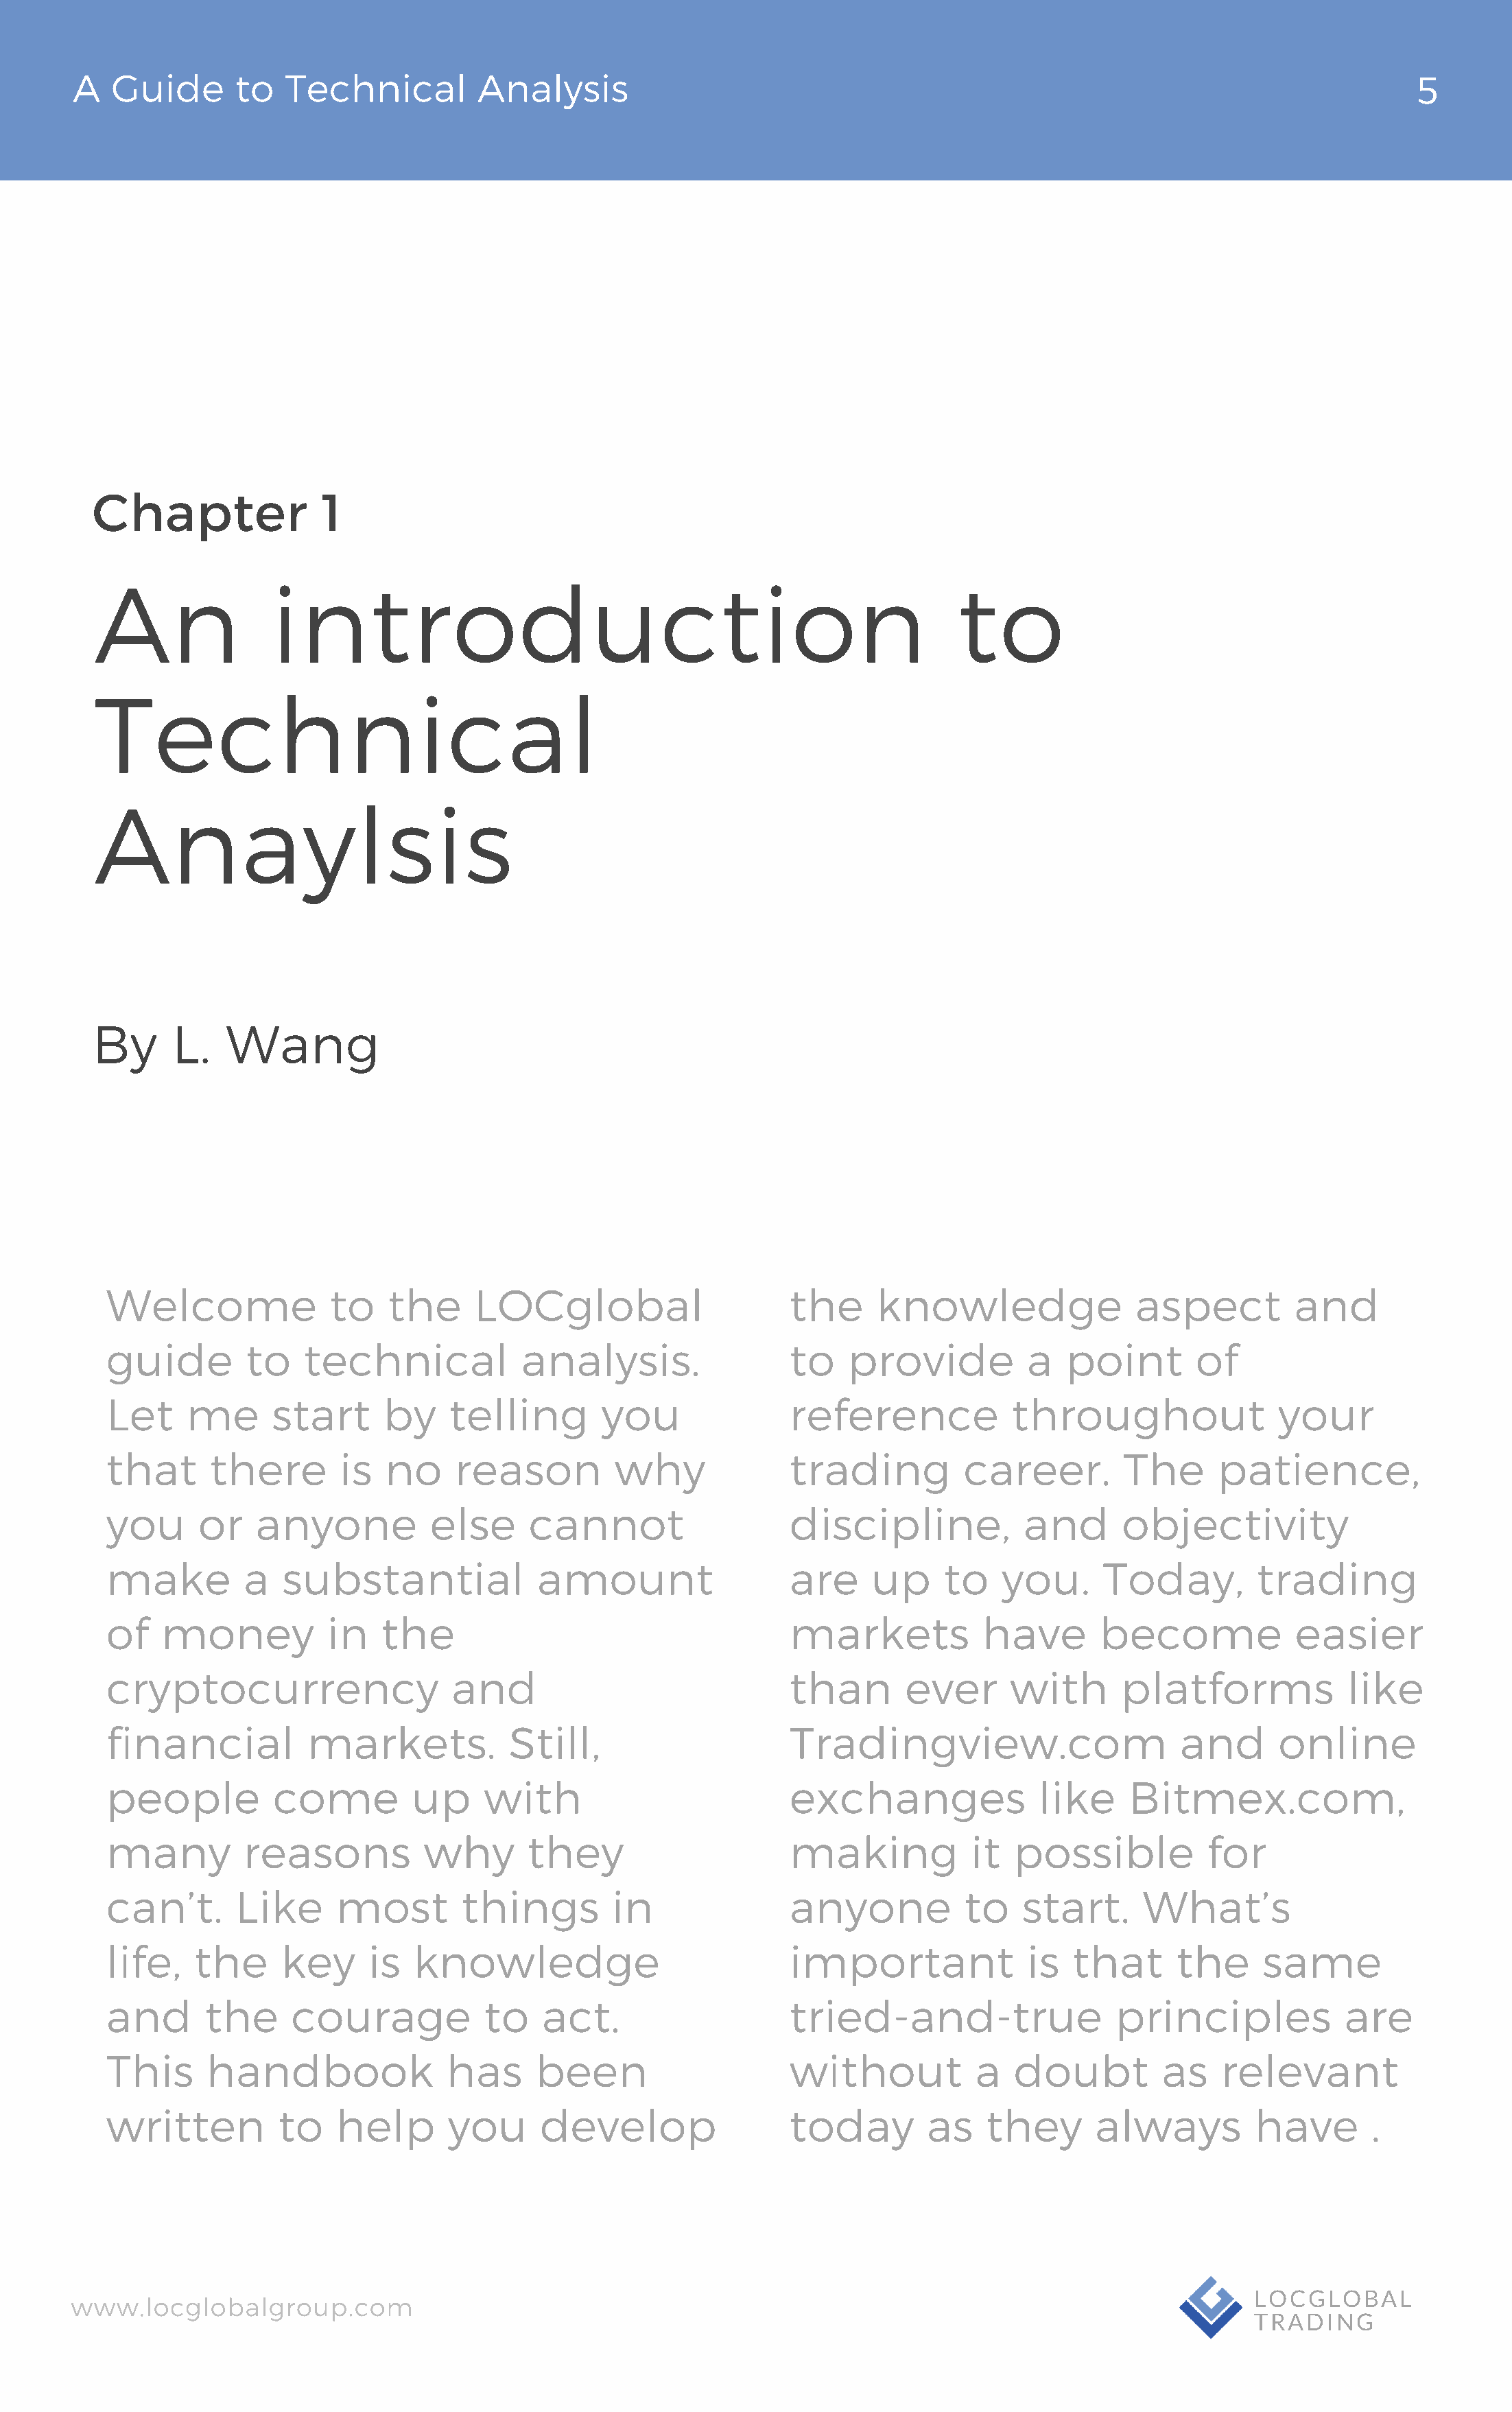
A   Guide       to  Technical          Analysis                                                                                   5
 Chapter               1
 An               introduction                                                      to
 Technical
 Anaylsis
 By      L.   Wang
 Welcome               to   the      LOCglobal                     the      knowledge                aspect         and
 guide         to   technical            analysis.                 to    provide          a   point       of
 Let     me      start      by    telling        you               reference             throughout               your
 that      there        is  no     reason         why              trading          career.        The      patience,
 you      or    anyone          else      cannot                   discipline,            and      objectivity
 make          a  substantial              amount                  are     up     to    you.     Today,         trading
 of    money           in   the                                    markets            have       become             easier
 cryptocurrency                    and                             than       ever      with       platforms             like
 financial           markets.           Still,                     Tradingview.com                       and      online
 people          come          up     with                         exchanges               like     Bitmex.com,
 many         reasons           why       they                     making            it  possible          for
 can’t.       Like     most        things         in               anyone           to    start.     What’s
 life,    the     key      is  knowledge                           important              is  that      the      same
 and       the     courage            to   act.                    tried-and-true                  principles            are
 This      handbook               has      been                    without           a   doubt         as    relevant
 written          to   help       you      develop                 today        as    they       always         have       .
 www.locglobalgroup.com                                                                                            LOCGLOBAL
 TRADING